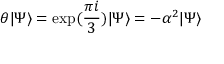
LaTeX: \theta \vert \Psi \rangle = \exp ( \frac { \pi i } { 3 } ) \vert \Psi \rangle = - \alpha ^ { 2 } \vert \Psi \rangle